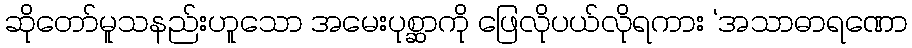
ဆိုတော်မူသနည်းဟူသော အမေးပုစ္ဆာကို ဖြေလိုပယ်လိုရကား ‘အသာဓာရဏော